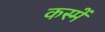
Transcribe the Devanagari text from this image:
कस्में